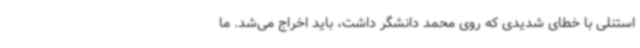
استنلی با خطای شدیدی که روی محمد دانشگر داشت، باید اخراج می‌شد. ما